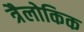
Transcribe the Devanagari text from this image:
त्रैलोकिक